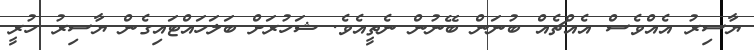
ޔާސިރު އެެއްވެސް އެއްޗެއް ބުނަން ބޭނުން ނެތީއެވެ. ޝަހުރަށް ބަލަހައްޓައިގެން ޔާސިރު ހުރީ